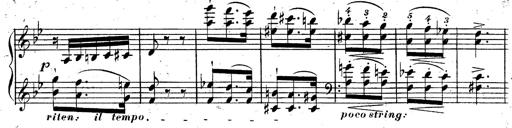
Title: Rondeau fantastique sur un thÃ¨me espagnol
Composer: Franz Liszt